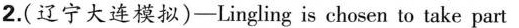
2.(辽宁大连模拟)-Lingling is chosen to take part